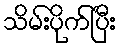
သိမ်းပိုက်ပြီး